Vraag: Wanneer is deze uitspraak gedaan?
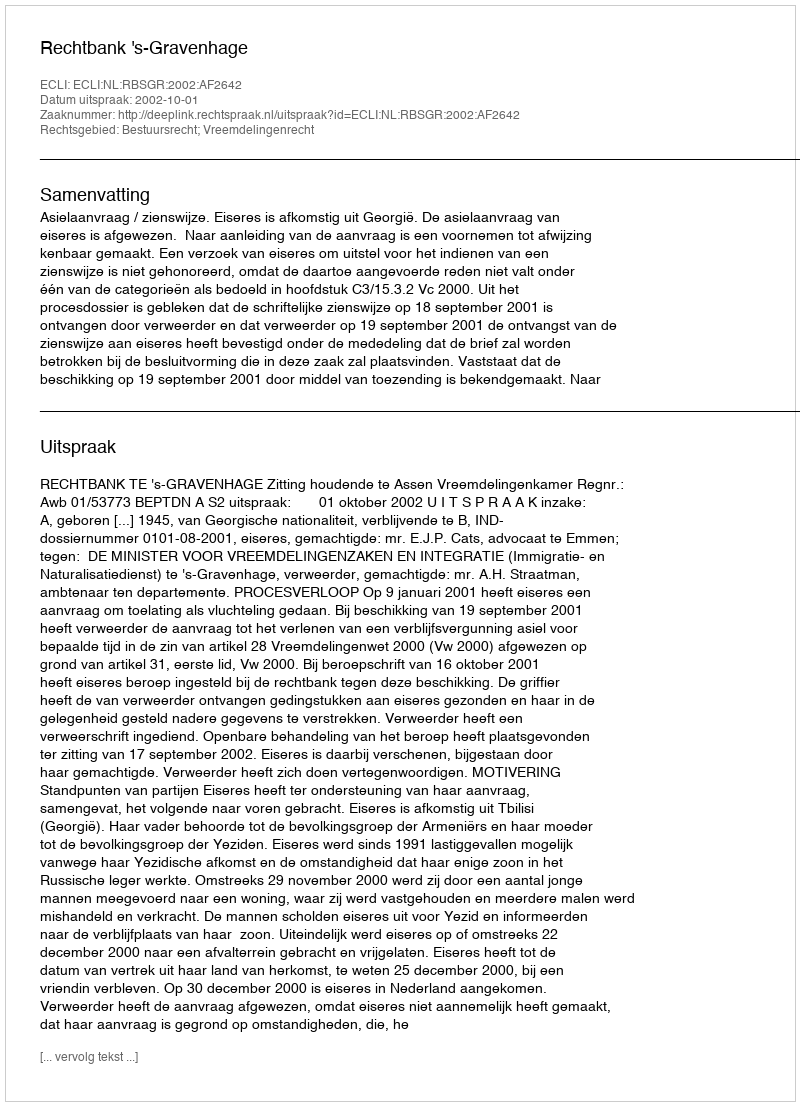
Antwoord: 2002-10-01